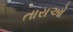
તારાઓ